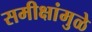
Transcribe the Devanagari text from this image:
समीक्षांमुळे